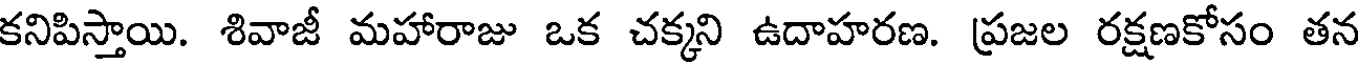
కనిపిస్తాయి. శివాజీ మహారాజు ఒక చక్కని ఉదాహరణ. ప్రజల రక్షణకోసం తన